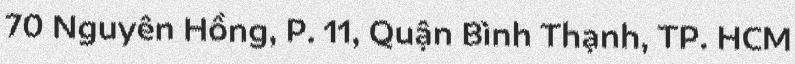
70 Nguyên Hồng, P. 11, Quận Bình Thạnh, TP. HCM